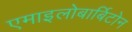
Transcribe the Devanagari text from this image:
एमाइलोबार्बिटोन